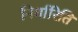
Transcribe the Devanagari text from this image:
निर्धारिति